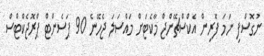
ނުގޮސްފި ނަމަ ފޮރިން އެކްސްޗޭންޖް މާކެޓަށް މައްސަލަ ޖެހޭނެ 90 ޕަސެންޓް ޕްރޮޖެކްޓްސް